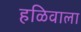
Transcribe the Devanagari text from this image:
हळिवाला